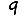
Digit: 9